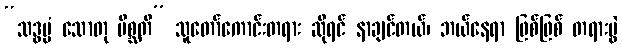
“သဒ္ဓမ္မံ သောတု မိစ္ဆတိ” သူတော်ကောင်းတရား ဆိုရင် နာချင်တယ်၊ ဘယ်နေရာ ဖြစ်ဖြစ် တရားပွဲ